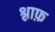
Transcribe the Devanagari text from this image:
श्लाफ़